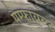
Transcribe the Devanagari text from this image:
पैम्फायल्ट